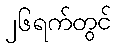
၂၆ရက်တွင်